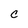
Character: c